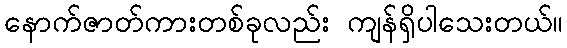
နောက်ဇာတ်ကားတစ်ခုလည်း ကျန်ရှိပါသေးတယ်။